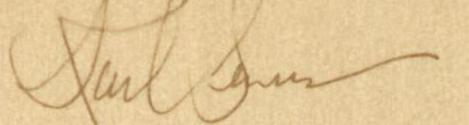
Karl Genus